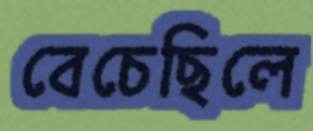
বেচেছিলে